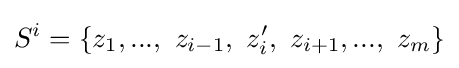
S^{i}=\{z_{1},...,\ z_{i-1},\ z_{i}',\ z_{i+1},...,\ z_{m}\}